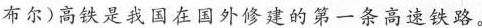
布尔)高铁是我国在国外修建的第一条高速铁路。